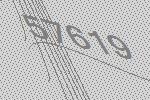
57619